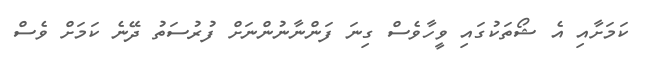
ކަމަށާއި އެ ޝޯތަކުގައި ވީހާވެސް ގިނަ ފަންނާނުންނަށް ފުރުސަތު ދޭނެ ކަމަށް ވެސް